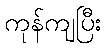
ကုန်ကျပြီး